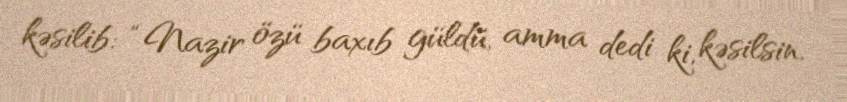
kəsilib: “Nazir özü baxıb güldü, amma dedi ki, kəsilsin.